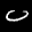
Label: 0